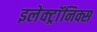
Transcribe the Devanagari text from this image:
इलेक्ट्राॅनिक्स